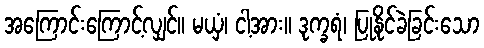
အကြောင်းကြောင့်လျှင်။ မယှံ၊ ငါ့အား။ ဒုက္ခရံ၊ ပြုနိုင်ခဲခြင်းသော